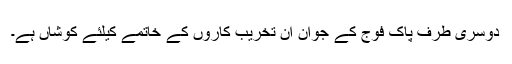
دوسری طرف پاک فوج کے جوان ان تخریب کاروں کے خاتمے کیلئے کوشاں ہے۔